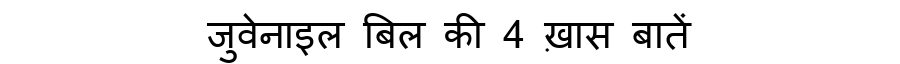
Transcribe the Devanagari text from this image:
जुवेनाइल बिल की 4 ख़ास बातें